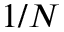
1 / N